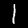
Label: 1